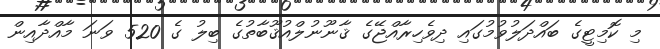
މި ކޮމިޓީގެ ބައްދަލުވުމުގައި ދިވެހިރާއްޖޭގެ ޤާނޫނުލްއުޤޫބާތުގެ ބިލު ގެ 520 ވަނަ މާއްދާއިން